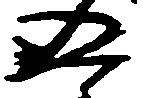
五